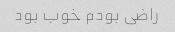
راضی بودم خوب بود